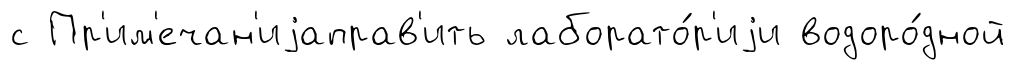
с Пр'им'ечан'иjаправ'ить лаборато́р'иjи водоро́дной